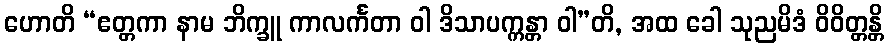
ဟောတိ “ဧတ္တကာ နာမ ဘိက္ခူ ကာလင်္ကတာ ဝါ ဒိသာပက္ကန္တာ ဝါ”တိ, အထ ခေါ သုညမိဒံ ဝိဝိတ္တန္တိ